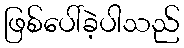
ဖြစ်ပေါ်ခဲ့ပါသည်